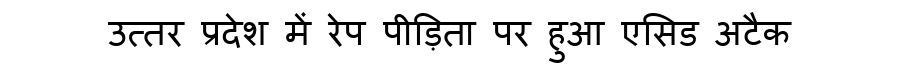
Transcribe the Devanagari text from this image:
उत्तर प्रदेश में रेप पीड़िता पर हुआ एसिड अटैक